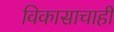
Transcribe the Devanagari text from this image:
विकासाचाही